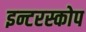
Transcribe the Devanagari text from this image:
इन्टरस्कोप